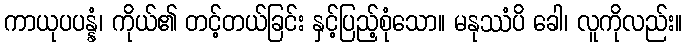
ကာယုပပန္နံ၊ ကိုယ်၏ တင့်တယ်ခြင်း နှင့်ပြည့်စုံသော။ မနုဿံပိ ခေါ၊ လူကိုလည်း။